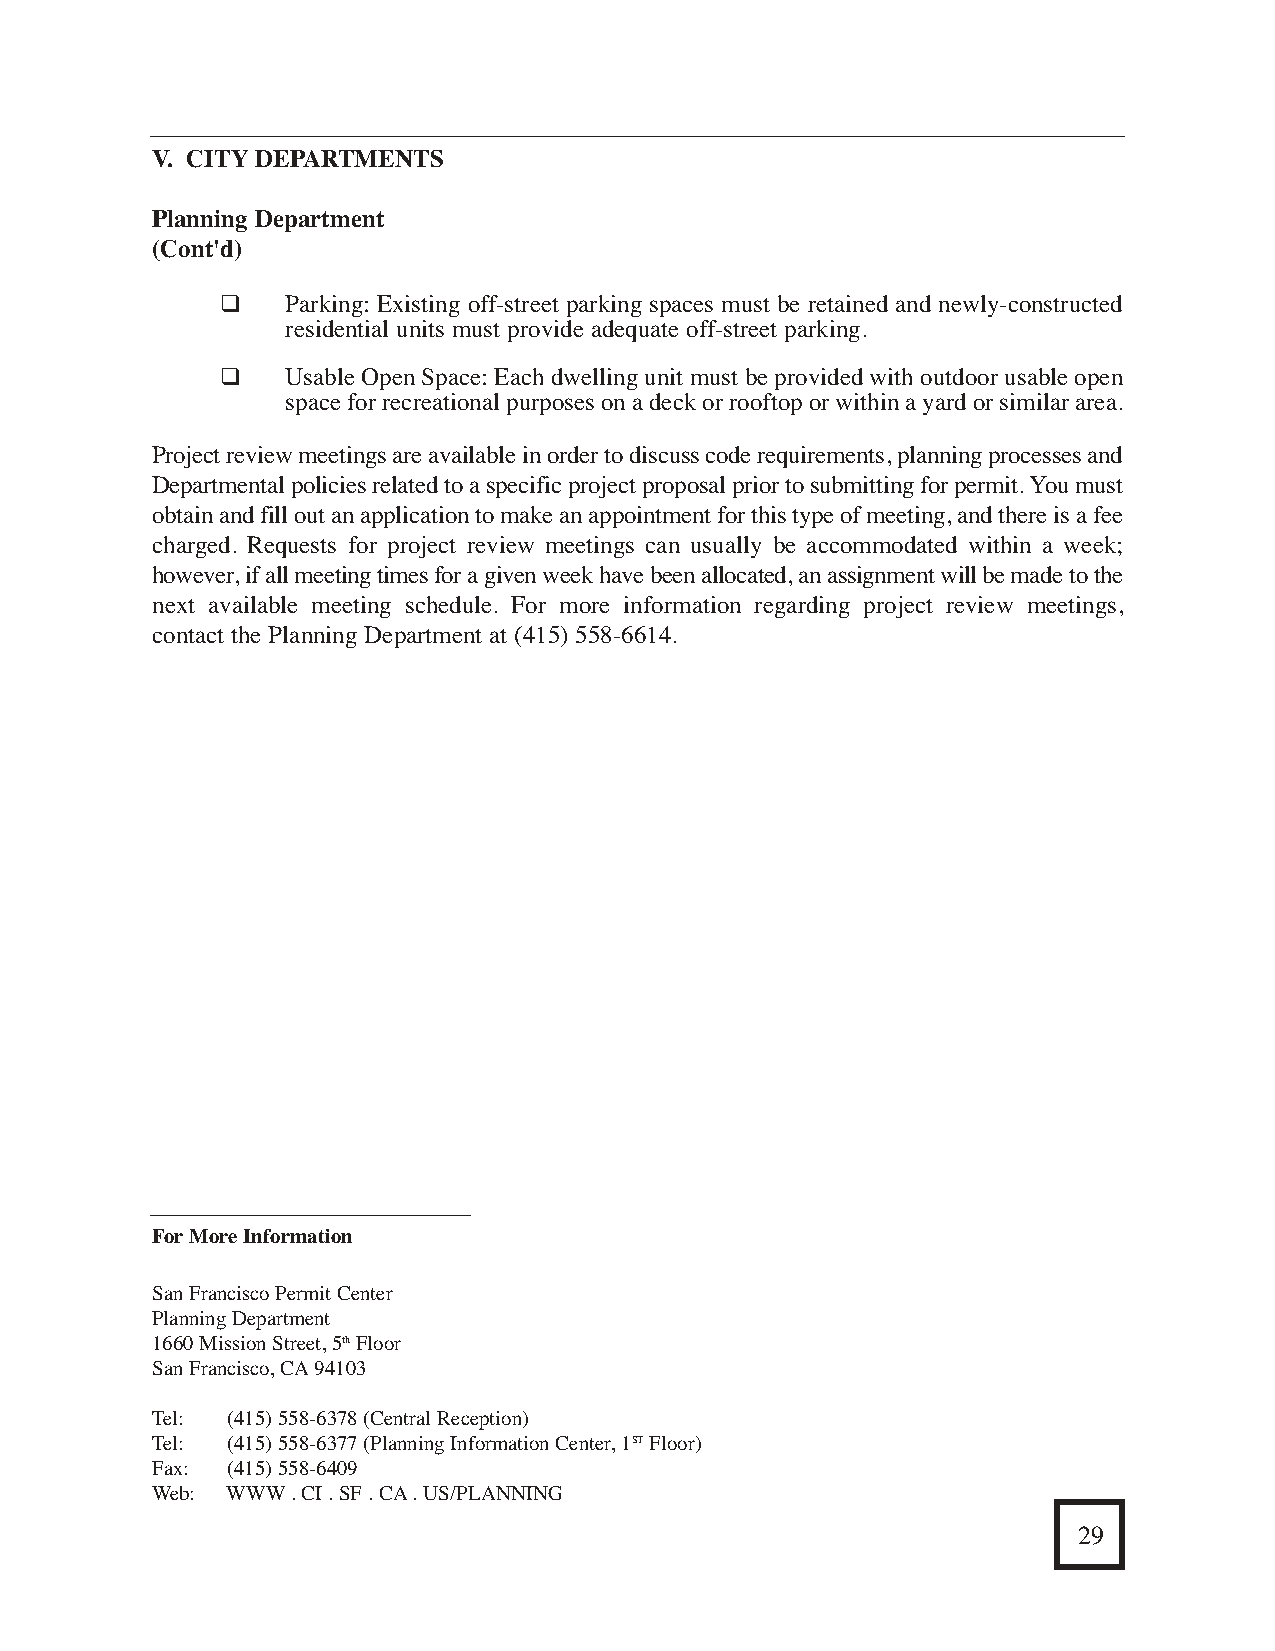
III. WHATTO DO AFTER YOUR PERMIT IS ISSUED                                          V. CITYDEPARTMENTS
 ❑    When Do I Schedule Inspections?                                                Planning Department
 (Cont'd)
 The general contractor may call the Building Inspection Division to schedule required inspections;
 ❑   Parking: Existing off-street parking spaces must be retained and newly-constructed
 nonetheless, the owner or agent may also call. It is important that you schedule your inspections 24
 residential units must provide adequate off-street parking.
 to 48 hours in advance to make sure that the time for which you want the inspection is available.
 Usually, inspection slots fill up quickly; therefore, the earlier you schedule your inspection, the better. ❑ Usable Open Space: Each dwelling unit must be provided with outdoor usable open
 space for recreational purposes on a deck or rooftop or within a yard or similar area.
 When your Inspector arrives, have your copy of the approved permit, job card and the approved plans
 Project review meetings are available in order to discuss code requirements, planning processes and
 (if plans were required for permit), on the site. Keep in mind that if your project is not ready for
 Departmental policies related to a specific project proposal prior to submitting for permit. You must
 inspection or the permit documents (permit, job card, and drawings) are not on the job site when the
 obtain and fill out an application to make an appointment for this type of meeting, and there is a fee
 Inspector arrives, you will be subject to paying a reinspection fee for an additional inspection. At
 charged. Requests for project review meetings can usually be accommodated within a week;
 the time of inspection, if the workmanship is satisfactory, and the work corresponds with the approved
 however, if all meeting times for a given week have been allocated, an assignment will be made to the
 plans, you will receive approval to continue construction, in writing, on the job card. If workmanship
 next available meeting schedule. For more information regarding project review meetings,
 is not satisfactory, a correction notice will be issued identifying what must be improved. No work
 contact the Planning Department at (415) 558-6614.
 may be covered until it has been approved.
 Remember that the Inspector(s) must sign the job card prior to covering any work. If
 corrections to the construction are required, your Inspector(s) will specify all items needed to be
 changed on a correction notice. Your inspector will be available to answer questions and discuss
 further required inspections at that time.
 Be sure to obtain all required inspections from each agency requiring a permit for your project prior
 to scheduling a Final Inspection with the Building Inspector. The Building Inspector should be the
 last Inspector to inspect your project, and he or she will give the Final Approval of your project as
 well as issue any required certificates to you.
 I’m calling to schedule
 4 inspections-building,
 plumbing, electrical and
 health.
 ForMore Information
 San Francisco Permit Center
 Planning Department
 1660 Mission Street, 5thFloor
 For More Information
 San Francisco, CA94103
 To paint or not                                           Tel: (415) 558-6378 (Central Reception)
 to paint, that is
 Tel: (415) 558-6377 (Planning Information Center, 1STFloor)
 Fax: (415) 558-6409
 the question!
 Web: WWW. CI . SF . CA. US/PLANNING
 20                                                                                                                                              29